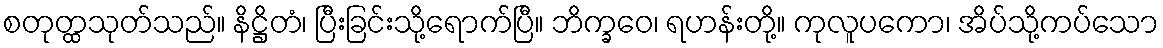
စတုတ္ထသုတ်သည်။ နိဋ္ဌိတံ၊ ပြီးခြင်းသို့ရောက်ပြီ။ ဘိက္ခဝေ၊ ရဟန်းတို့။ ကုလူပကော၊ အိပ်သို့ကပ်သော